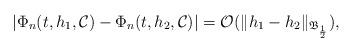
LaTeX: \begin{align*}|\Phi_n(t,h_1,\mathcal C)-\Phi_n(t,h_2,\mathcal C)|= \mathcal O(\|h_1-h_2\|_{ \mathfrak B _{\frac12}}),\end{align*}